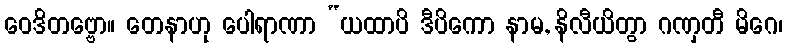
ဝေဒိတဗ္ဗော။ တေနာဟု ပေါရာဏာ “ယထာပိ ဒီပိကော နာမ, နိလီယိတွာ ဂဏှတီ မိဂေ၊